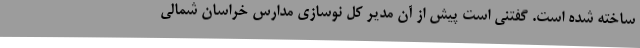
ساخته شده است. گفتنی است پیش از آن مدیر کل نوسازی مدارس خراسان شمالی